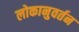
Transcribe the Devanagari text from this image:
लोकानुवर्तन